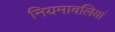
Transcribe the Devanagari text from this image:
नियमावलियां